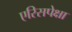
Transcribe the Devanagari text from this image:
एरिसपेक्षा